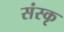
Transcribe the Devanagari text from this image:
संस्कृ